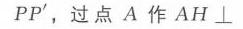
$PP'$，过点$A$作$AH\perp$